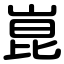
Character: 崑